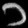
Digit: ၁